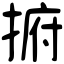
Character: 捬